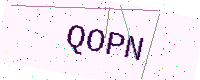
Text: QOPN